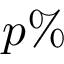
p \%